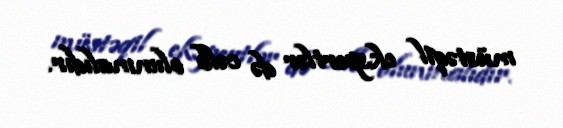
müstəqil ekspertlər də cəlb olunmalıdır.